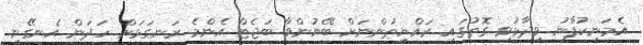
އެމަނިކުފާނު ވިދާޅުވި ގޮތުގައި ރައްޔިތުންނަށް ބޭނުންވާ ބަޖެޓް އެންމެ ރަނގަޅަށް ހަދަން އެނގޭނީ